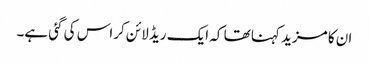
ان کا مزید کہنا تھا کہ ایک ریڈ لائن کراس کی گئی ہے۔